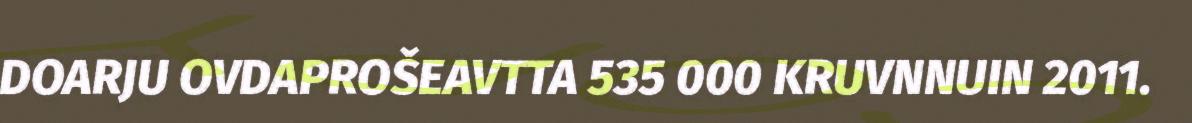
DOARJU OVDAPROŠEAVTTA 535 000 KRUVNNUIN 2011.